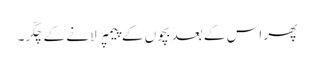
پھر اس کے بعد بچوں کے پیمپر لانے کے چکّر۔